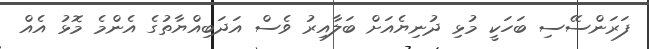
ފަރަންސޭސި ބަހަކީ މުޅި ދުނިޔެއަށް ބަލާއިރު ވެސް އަދަބިއްޔާތުގެ އެންމެ މޮޅު އެއް